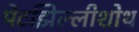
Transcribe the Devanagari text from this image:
पेटझिल्लीशोथ